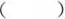
( )